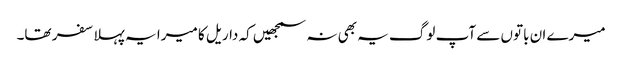
میرے ان باتوں سے آپ لوگ یہ بھی نہ سمجھیں کہ داریل کا میرا یہ پہلا سفر تھا۔